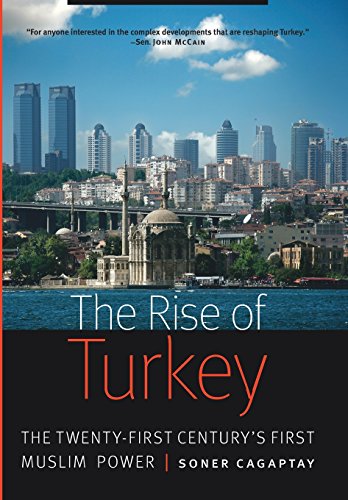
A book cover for The Rise of Turkey: The Twenty-First Century's First Muslim Power; Soner Cagaptay; History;